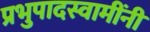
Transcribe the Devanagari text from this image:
प्रभुपादस्वामींनी